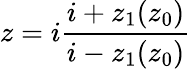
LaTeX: z=i\frac{i+z_{1}(z_{0})}{i-z_{1}(z_{0})}